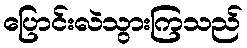
ပြောင်းလဲသွားကြသည်